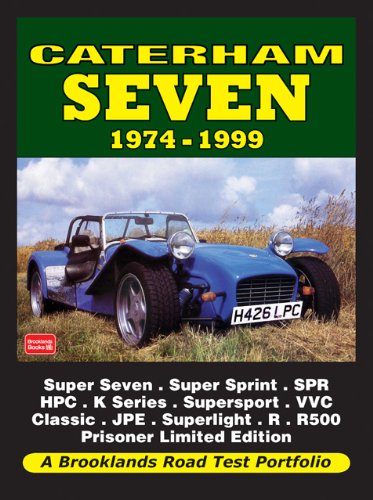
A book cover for Caterham Seven Road Test Portfolio 1974-1999: Super Seven, Super Sprint, SPR, HPC, K-Series, Supersport, VVC, Classic, J; R.M. Clarke; Engineering & Transportation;